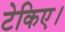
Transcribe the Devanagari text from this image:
टेकिए।